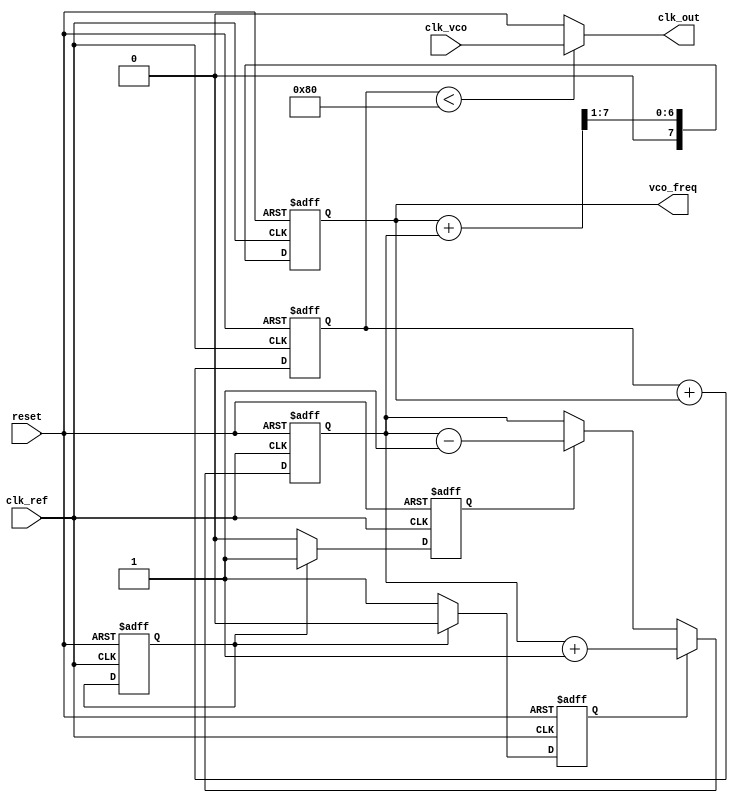
module cp_pll (
    input wire clk_ref,        // Reference Clock
    input wire clk_vco,        // VCO Clock
    input wire reset,          // Asynchronous reset
    output wire clk_out,       // Output Clock
    output wire [7:0] vco_freq // VCO frequency output (for monitoring)
);

// Phase Frequency Detector (PFD)
reg pfd_up, pfd_down;
reg last_ref, last_vco;

always @(posedge clk_ref or posedge reset) begin
    if (reset) begin
        pfd_up <= 0;
        pfd_down <= 0;
        last_ref <= 0;
        last_vco <= 0;
    end else begin
        last_ref <= 1;
        if (!last_vco) begin
            pfd_up <= 1; // Reference clock is ahead
            pfd_down <= 0;
        end else begin
            pfd_up <= 0;
            pfd_down <= 1; // VCO clock is ahead
        end
    end
end

// Charge Pump (CP)
reg [7:0] control_voltage; // Control voltage for VCO

always @(posedge clk_ref or posedge reset) begin
    if (reset) begin
        control_voltage <= 8'b0;
    end else begin
        if (pfd_up) begin
            control_voltage <= control_voltage + 1; // Increase voltage
        end else if (pfd_down) begin
            control_voltage <= control_voltage - 1; // Decrease voltage
        end
    end
end

// Loop Filter (LF) - Simple RC filter model
reg [7:0] filtered_voltage;

always @(posedge clk_ref or posedge reset) begin
    if (reset) begin
        filtered_voltage <= 8'b0;
    end else begin
        // Simple low-pass filter
        filtered_voltage <= (filtered_voltage + control_voltage) >> 1; // Averaging
    end
end

// Voltage-Controlled Oscillator (VCO)
reg [7:0] vco_counter;

always @(posedge clk_ref or posedge reset) begin
    if (reset) begin
        vco_counter <= 8'b0;
    end else begin
        vco_counter <= vco_counter + filtered_voltage; // VCO frequency controlled by filtered voltage
    end
end

// Output Clock Generation
assign clk_out = (vco_counter[7:0] < 128) ? clk_vco : 1'b0; // Output clock based on VCO

// Monitor VCO frequency
assign vco_freq = filtered_voltage;

endmodule